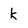
Character: k